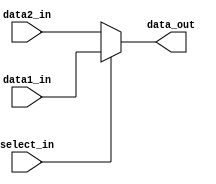
module MUX_10bit(
	data1_in,
	data2_in,
	select_in,
	data_out
);

input	[9:0]	data1_in;
input	[9:0]	data2_in;
input	select_in;
output	[9:0]	data_out;

assign data_out = (select_in) ? data1_in : data2_in;

endmodule